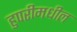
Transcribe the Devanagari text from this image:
हुपरीमधील